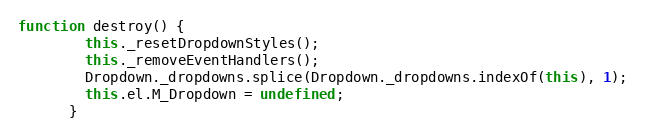
Language: JavaScript
function destroy() {
        this._resetDropdownStyles();
        this._removeEventHandlers();
        Dropdown._dropdowns.splice(Dropdown._dropdowns.indexOf(this), 1);
        this.el.M_Dropdown = undefined;
      }